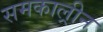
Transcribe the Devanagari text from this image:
समकाल्रीन